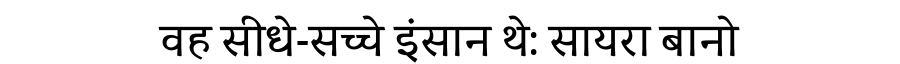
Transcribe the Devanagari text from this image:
वह सीधे-सच्चे इंसान थे: सायरा बानो